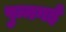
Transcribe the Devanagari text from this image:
पुन्नगई